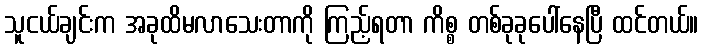
သူငယ်ချင်းက အခုထိမလာသေးတာကို ကြည့်ရတာ ကိစ္စ တစ်ခုခုပေါ်နေပြီ ထင်တယ်။